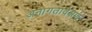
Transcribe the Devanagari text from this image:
अनागतावेक्षण